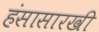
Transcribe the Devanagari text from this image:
हंसासारखी